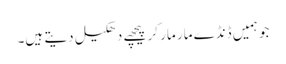
جو ہمیں ڈنڈے مار مار کر پیچھے دھکیل دیتے ہیں۔